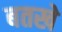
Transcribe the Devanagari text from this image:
बतखे